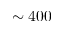
\sim 4 0 0